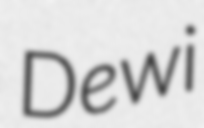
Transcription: Dewi